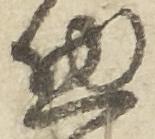
惣